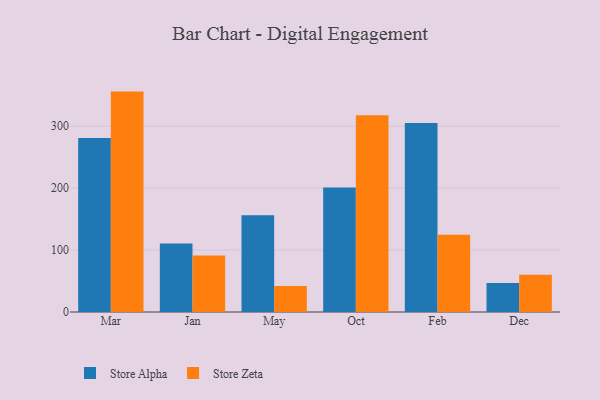
{"axis": {"x": "Month", "y": "Page Views"}, "legend": ["Store Alpha", "Store Zeta"], "data": [{"x": "Mar", "y": 280.8, "type": "Store Alpha"}, {"x": "Mar", "y": 355.8, "type": "Store Zeta"}, {"x": "Jan", "y": 110.5, "type": "Store Alpha"}, {"x": "Jan", "y": 91.2, "type": "Store Zeta"}, {"x": "May", "y": 156.3, "type": "Store Alpha"}, {"x": "May", "y": 42.0, "type": "Store Zeta"}, {"x": "Oct", "y": 201.0, "type": "Store Alpha"}, {"x": "Oct", "y": 317.8, "type": "Store Zeta"}, {"x": "Feb", "y": 305.0, "type": "Store Alpha"}, {"x": "Feb", "y": 124.6, "type": "Store Zeta"}, {"x": "Dec", "y": 46.9, "type": "Store Alpha"}, {"x": "Dec", "y": 60.3, "type": "Store Zeta"}]}